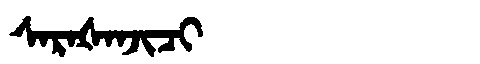
Manchu: ᠰᠠᡵᠠᡧᠠᠨᠵᡳᠴᡳ
Romanization: SARAŠANJICI